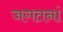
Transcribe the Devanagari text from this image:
जगतनां